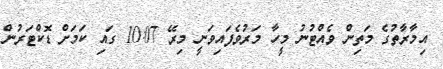
އިމާރާތުގެ މަތިން ވެއްޓުނު މީހާ މަރުވެފައިވަނީ މިރޭ 10:07 ގައި ކަމަށް ޑޮކްޓަރުން